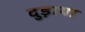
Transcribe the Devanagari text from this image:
दुड़ाया